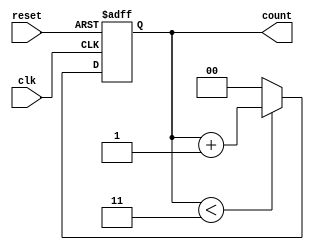
module DivideByNCounter #(parameter N = 4) (
    input wire clk,           // Clock input
    input wire reset,         // Asynchronous reset input
    output reg [$clog2(N)-1:0] count // Count output
);

// Always block triggered on the clock edge or reset
always @(posedge clk or posedge reset) begin
    if (reset) begin
        count <= 0; // Reset the counter to zero
    end else begin
        if (count < N - 1) begin
            count <= count + 1; // Increment the counter
        end else begin
            count <= 0; // Reset the counter when it reaches N-1
        end
    end
end

endmodule